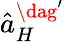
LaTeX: \hat{a}_{H}^{\dag^{\prime}}